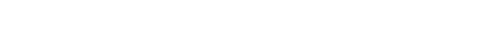
န.အ.ဖ မဲတွေ ကြိုတင်ယူပြီး ညစ်တာကို ထည့်မပြောရင်တော့ လူလို မတွေးတတ်သူပဲ၊